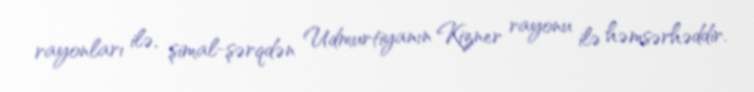
rayonları ilə, şimal-şərqdən Udmurtiyanın Kizner rayonu ilə həmsərhəddir.